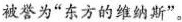
被誉为”东方的维纳斯”。